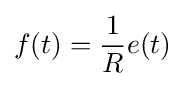
f(t)={\frac {1}{R}}e(t)